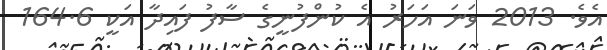
އެވެ. 2013 ވަނަ އަހަރު އެ ކުންފުނީގެ ސާފު ފައިދާ އަކީ 164.6